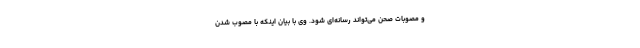
و مصوبات صحن می‌تواند رسانه‌ای شود. وی با بیان اینکه با مصوب شدن